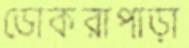
ডোকরাপাড়া